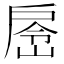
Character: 𭠉